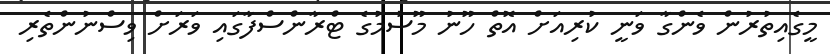
މީގެއިތުރުން ވެންގާ ވަނީ ކުރިއަށް އޮތް ހޫނު މޫސުމުގެ ޓްރާންސްފާގައި ވަރަށް ވިސްނުންތެރި